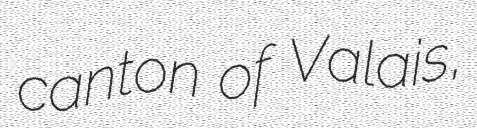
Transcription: canton of Valais,